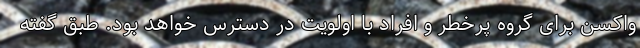
واکسن برای گروه پرخطر و افراد با اولویت در دسترس خواهد بود. طبق گفته